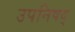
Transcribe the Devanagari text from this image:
उपनिषद्